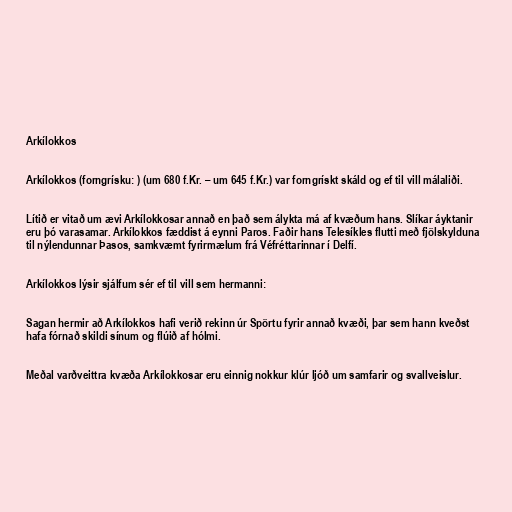
Arkílokkos

Arkílokkos (forngrísku: ) (um 680 f.Kr. – um 645 f.Kr.) var forngrískt skáld og ef til vill málaliði.

Lítið er vitað um ævi Arkílokkosar annað en það sem álykta má af kvæðum hans. Slíkar áyktanir
eru þó varasamar. Arkílokkos fæddist á eynni Paros. Faðir hans Telesíkles flutti með fjölskylduna
til nýlendunnar Þasos, samkvæmt fyrirmælum frá Véfréttarinnar í Delfí.

Arkílokkos lýsir sjálfum sér ef til vill sem hermanni:

Sagan hermir að Arkílokkos hafi verið rekinn úr Spörtu fyrir annað kvæði, þar sem hann kveðst
hafa fórnað skildi sínum og flúið af hólmi.

Meðal varðveittra kvæða Arkílokkosar eru einnig nokkur klúr ljóð um samfarir og svallveislur.